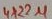
Text: 4X22µ